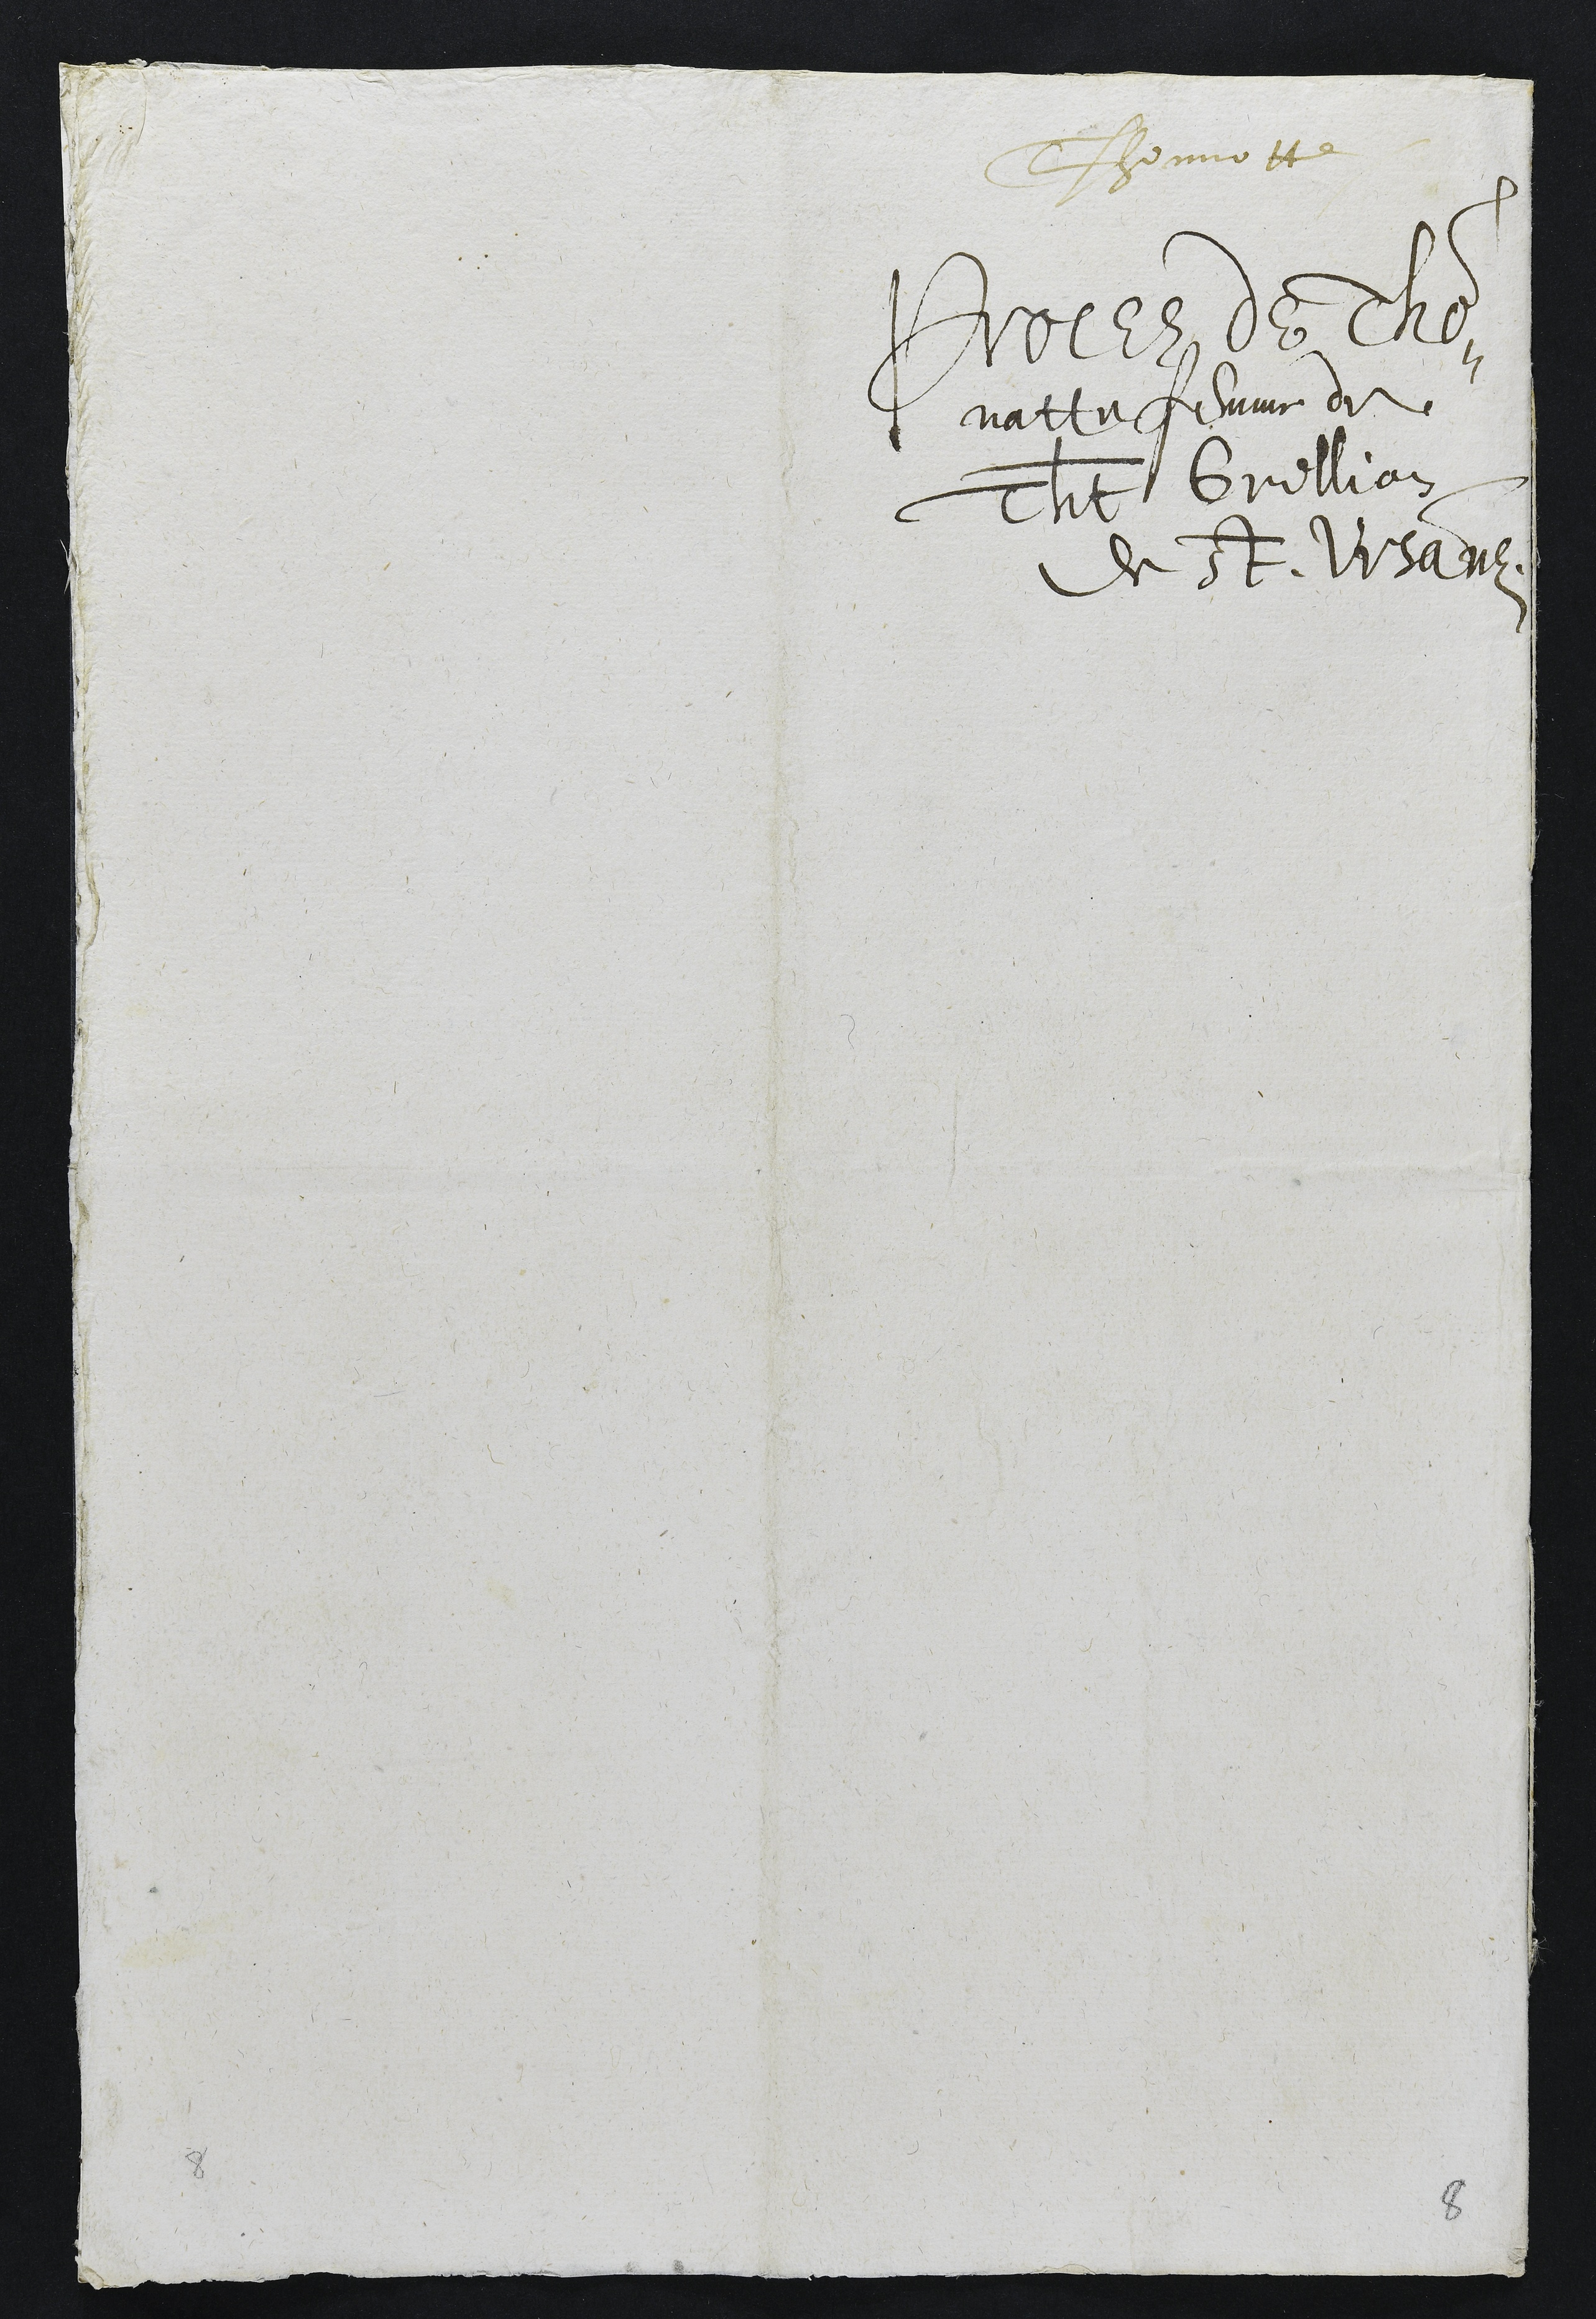
Thonnotte
Proces de Tho¬
natte femme de
Thiebaut Grillion
de St. Ursanne,

8